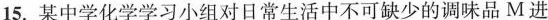
15.某中学化学学习小组对日常生活中不可缺少的调味品M进